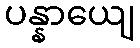
ပန္နာယျေ